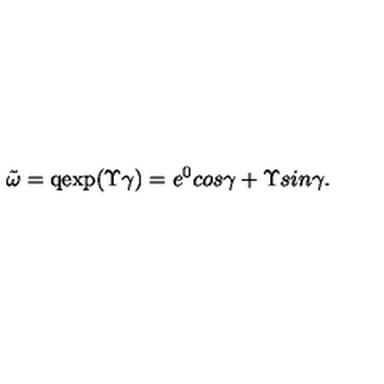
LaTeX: \tilde { \omega } = \mathrm { q e x p } ( \Upsilon \gamma ) = e ^ { 0 } c o s \gamma + \Upsilon s i n \gamma .